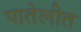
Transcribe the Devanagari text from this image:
पातेलीत